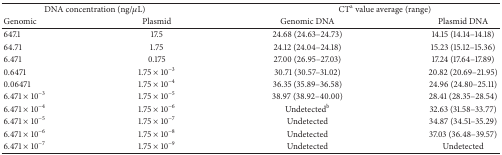
| <COLSPAN=2> DNA concentration (ng/μL) | <COLSPAN=2> CTa value average (range) |
 | Genomic | Plasmid | Genomic DNA | Plasmid DNA |
 | --- | --- | --- | --- |
 | 647.1 | 17.5 | 24.68 (24.63–24.73) | 14.15 (14.14–14.18) |
 | 64.71 | 1.75 | 24.12 (24.04–24.18) | 15.23 (15.12–15.36) |
 | 6.471 | 0.175 | 27.00 (26.95–27.03) | 17.24 (17.64–17.89) |
 | 0.6471 | 1.75 × 10−3 | 30.71 (30.57–31.02) | 20.82 (20.69–21.95) |
 | 0.06471 | 1.75 × 10−4 | 36.35 (35.89–36.58) | 24.96 (24.80–25.11) |
 | 6.471 × 10−3 | 1.75 × 10−5 | 38.97 (38.92–40.00) | 28.41 (28.35–28.54) |
 | 6.471 × 10−4 | 1.75 × 10−6 | Undetectedb | 32.63 (31.58–33.77) |
 | 6.471 × 10−5 | 1.75 × 10−7 | Undetected | 34.87 (34.51–35.29) |
 | 6.471 × 10−6 | 1.75 × 10−8 | Undetected | 37.03 (36.48–39.57) |
 | 6.471 × 10−7 | 1.75 × 10−9 | Undetected | Undetected |